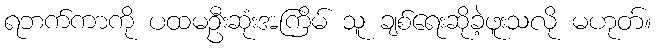
ရဘက်ကာကို ပထမဦးဆုံးအကြိမ် သူ ချစ်ရေးဆိုခဲ့ဖူးသလို မဟုတ်။